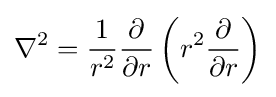
\nabla ^{2}={1 \over r^{2}}{\partial  \over \partial r}\left(r^{2}{\partial  \over \partial r}\right)